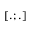
[ . ; . ]